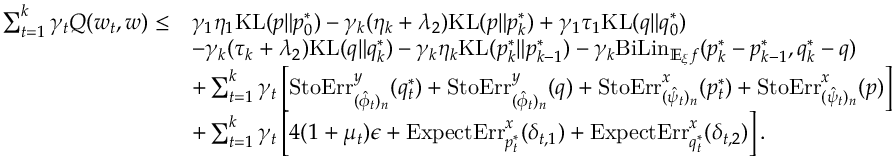
\begin{array} { r l } { \sum _ { t = 1 } ^ { k } \gamma _ { t } Q ( w _ { t } , w ) \leq } & { \gamma _ { 1 } \eta _ { 1 } \mathrm { K L } ( p \| p _ { 0 } ^ { * } ) - \gamma _ { k } ( \eta _ { k } + \lambda _ { 2 } ) \mathrm { K L } ( p \| p _ { k } ^ { * } ) + \gamma _ { 1 } \tau _ { 1 } \mathrm { K L } ( q \| q _ { 0 } ^ { * } ) } \\ & { - \gamma _ { k } ( \tau _ { k } + \lambda _ { 2 } ) \mathrm { K L } ( q \| q _ { k } ^ { * } ) - \gamma _ { k } \eta _ { k } \mathrm { K L } ( p _ { k } ^ { * } \| p _ { k - 1 } ^ { * } ) - \gamma _ { k } \mathrm { B i L i n } _ { \mathbb { E } _ { \xi } f } ( p _ { k } ^ { * } - p _ { k - 1 } ^ { * } , q _ { k } ^ { * } - q ) } \\ & { + \sum _ { t = 1 } ^ { k } \gamma _ { t } \left[ \mathrm { S t o E r r } _ { ( \hat { \phi } _ { t } ) _ { n } } ^ { y } ( q _ { t } ^ { * } ) + \mathrm { S t o E r r } _ { ( \hat { \phi } _ { t } ) _ { n } } ^ { y } ( q ) + \mathrm { S t o E r r } _ { ( \hat { \psi } _ { t } ) _ { n } } ^ { x } ( p _ { t } ^ { * } ) + \mathrm { S t o E r r } _ { ( \hat { \psi } _ { t } ) _ { n } } ^ { x } ( p ) \right] } \\ & { + \sum _ { t = 1 } ^ { k } \gamma _ { t } \left[ 4 ( 1 + \mu _ { t } ) \epsilon + \mathrm { E x p e c t E r r } _ { p _ { t } ^ { * } } ^ { x } ( \delta _ { t , 1 } ) + \mathrm { E x p e c t E r r } _ { q _ { t } ^ { * } } ^ { x } ( \delta _ { t , 2 } ) \right] . } \end{array}